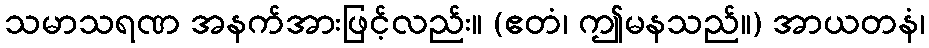
သမာသရဏ အနက်အားဖြင့်လည်း။ (ဧတံ၊ ဤမနသည်။) အာယတနံ၊